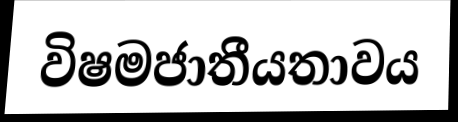
විෂමජාතීයතාවය